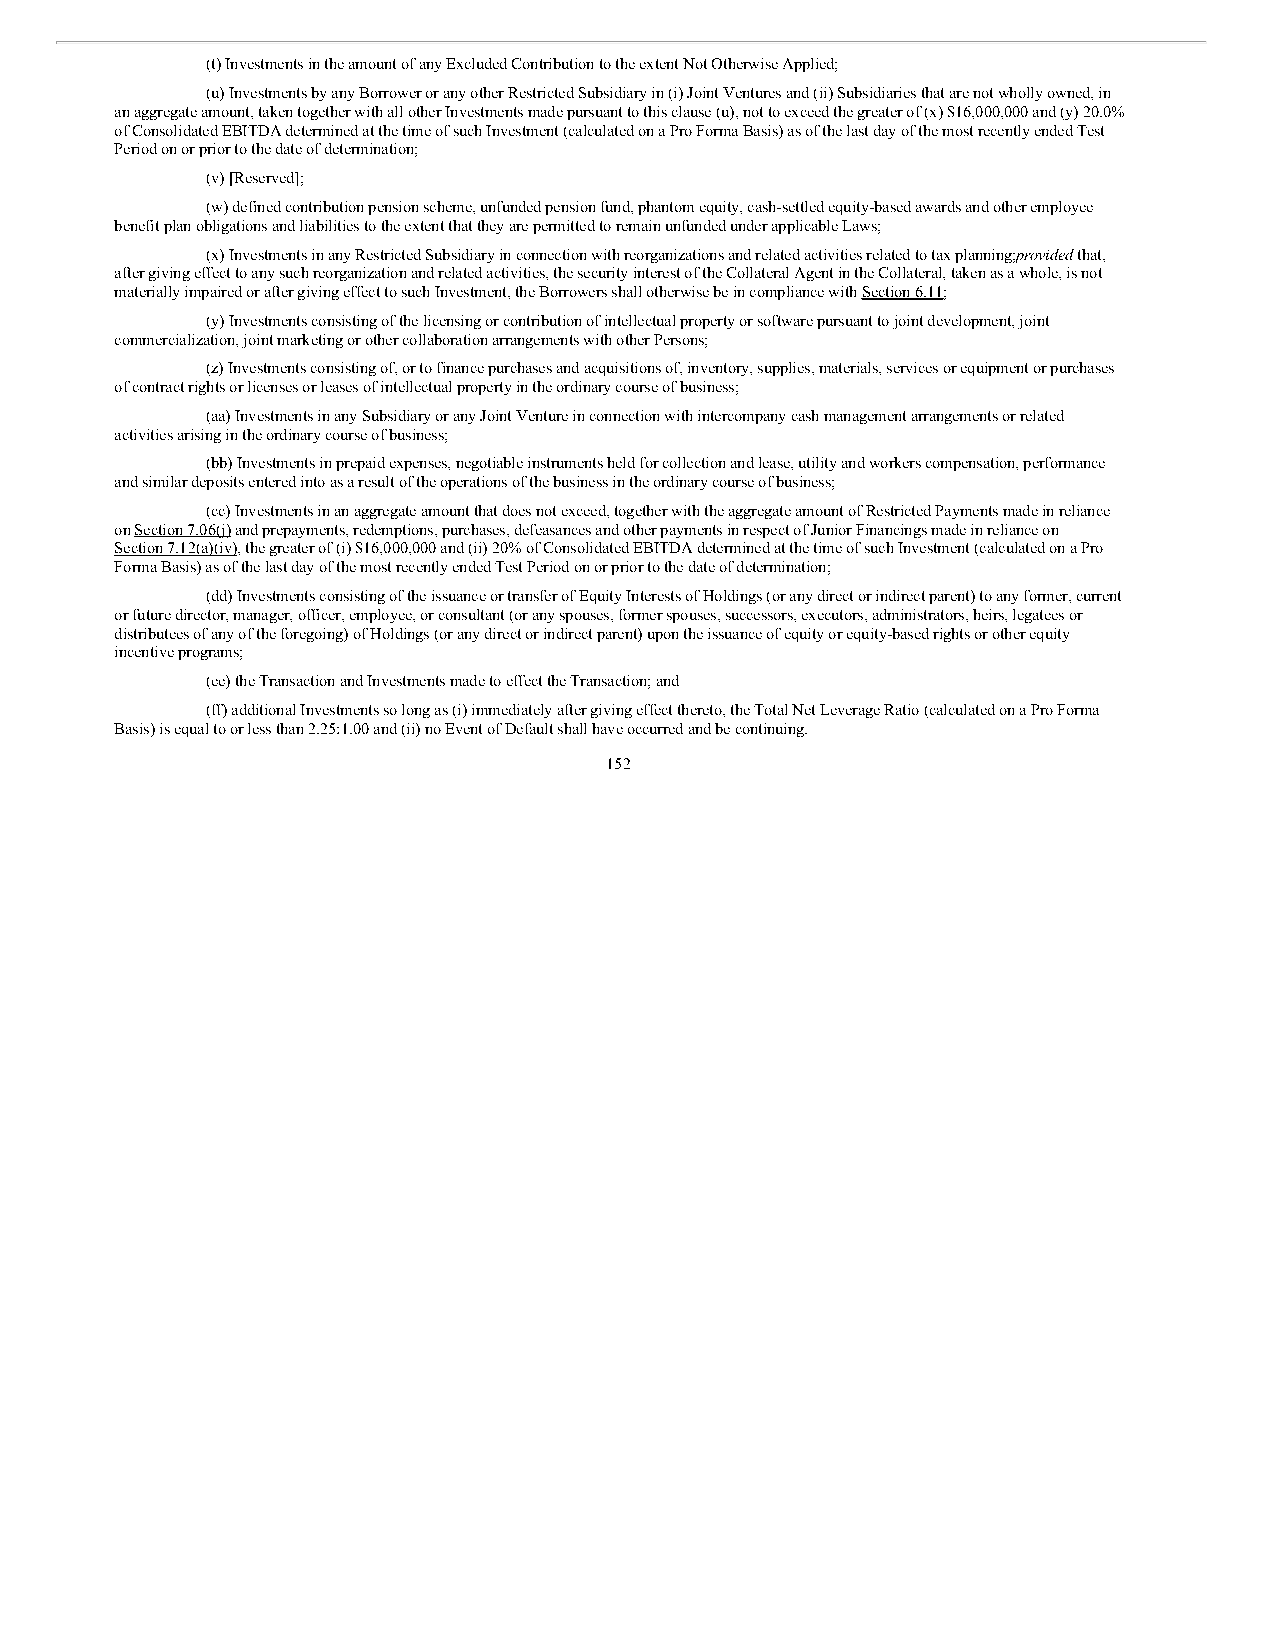
(t) Investments in the amount of any Excluded Contribution to the extent Not Otherwise Applied;
 (u) Investments by any Borrower or any other Restricted Subsidiary in (i) Joint Ventures and (ii) Subsidiaries that are not wholly owned, in
 an aggregate amount, taken together with all other Investments made pursuant to this clause (u), not to exceed the greater of (x) $16,000,000 and (y) 20.0%
 of Consolidated EBITDA determined at the time of such Investment (calculated on a Pro Forma Basis) as of the last day of the most recently ended Test
 Period on or prior to the date of determination;
 (v) [Reserved];
 (w) defined contribution pension scheme, unfunded pension fund, phantom equity, cash-settled equity-based awards and other employee
 benefit plan obligations and liabilities to the extent that they are permitted to remain unfunded under applicable Laws;
 (x) Investments in any Restricted Subsidiary in connection with reorganizations and related activities related to tax planning;p rovided that,
 after giving effect to any such reorganization and related activities, the security interest of the Collateral Agent in the Collateral, taken as a whole, is not
 materially impaired or after giving effect to such Investment, the Borrowers shall otherwise be in compliance with Section 6.11;
 (y) Investments consisting of the licensing or contribution of intellectual property or software pursuant to joint development, joint
 commercialization, joint marketing or other collaboration arrangements with other Persons;
 (z) Investments consisting of, or to finance purchases and acquisitions of, inventory, supplies, materials, services or equipment or purchases
 of contract rights or licenses or leases of intellectual property in the ordinary course of business;
 (aa) Investments in any Subsidiary or any Joint Venture in connection with intercompany cash management arrangements or related
 activities arising in the ordinary course of business;
 (bb) Investments in prepaid expenses, negotiable instruments held for collection and lease, utility and workers compensation, performance
 and similar deposits entered into as a result of the operations of the business in the ordinary course of business;
 (cc) Investments in an aggregate amount that does not exceed, together with the aggregate amount of Restricted Payments made in reliance
 on Section 7.06(j) and prepayments, redemptions, purchases, defeasances and other payments in respect of Junior Financings made in reliance on
 Section 7.12(a)(iv), the greater of (i) $16,000,000 and (ii) 20% of Consolidated EBITDA determined at the time of such Investment (calculated on a Pro
 Forma Basis) as of the last day of the most recently ended Test Period on or prior to the date of determination;
 (dd) Investments consisting of the issuance or transfer of Equity Interests of Holdings (or any direct or indirect parent) to any former, current
 or future director, manager, officer, employee, or consultant (or any spouses, former spouses, successors, executors, administrators, heirs, legatees or
 distributees of any of the foregoing) of Holdings (or any direct or indirect parent) upon the issuance of equity or equity-based rights or other equity
 incentive programs;
 (ee) the Transaction and Investments made to effect the Transaction; and
 (ff) additional Investments so long as (i) immediately after giving effect thereto, the Total Net Leverage Ratio (calculated on a Pro Forma
 Basis) is equal to or less than 2.25:1.00 and (ii) no Event of Default shall have occurred and be continuing.
 152